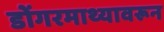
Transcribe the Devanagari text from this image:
डोंगरमाथ्यावरून